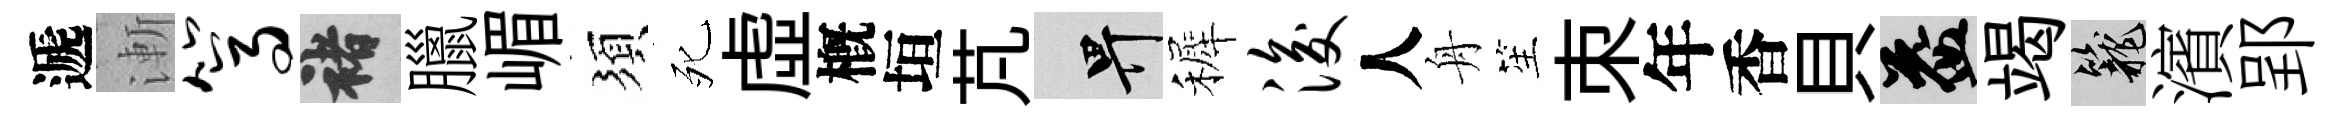
遞漸篙褚臘嵋須死虚槪垣芃畀裤浚人舟笙朿年香貝益竭籠濱郢